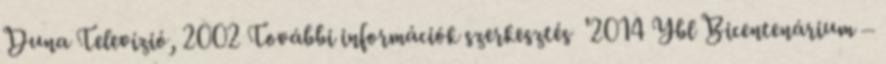
Duna Televízió, 2002 További információk szerkesztés '2014 Ybl Bicentenárium –